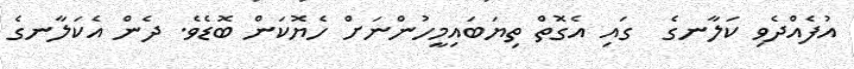
އުފެއްދެވި ކަލާނގެ  ގައި އެގޮތް ތިޔަބައިމީހުންނަށް ހެޔޮކަން ބޮޑެވެ. ދެން އެކަލާނގެ